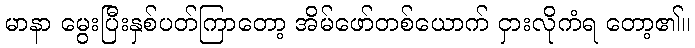
မာနာ မွေးပြီးနှစ်ပတ်ကြာတော့ အိမ်ဖော်တစ်ယောက် ငှားလိုကံရ တော့၏။